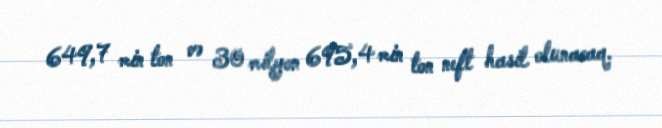
649,7 min ton və 30 milyon 695,4 min ton neft hasil olunacaq.